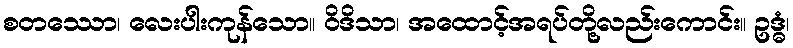
စတဿော၊ လေးပါးကုန်သော။ ဝိဒိသာ၊ အထောင့်အရပ်တို့လည်းကောင်း။ ဥဒ္ဓံ၊